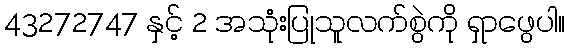
43272747 နှင့် 2 အသုံးပြုသူလက်စွဲကို ရှာဖွေပါ။